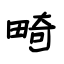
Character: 畸